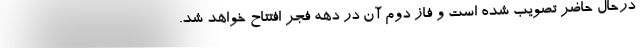
درحال حاضر تصویب شده است و فاز دوم آن در دهه فجر افتتاح خواهد شد.